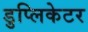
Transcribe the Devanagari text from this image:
डुप्लिकेटर